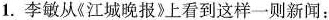
1.李敏从《江城晚报》上看到这样一则新闻：